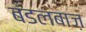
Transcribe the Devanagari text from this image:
बंडलबाज़